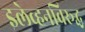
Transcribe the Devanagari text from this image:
इलेव्हनविरूद्ध